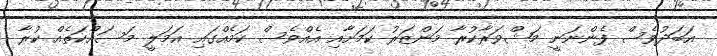
އަބަދުވެސް ފެންނަނީ މަޝްވަރާކުރާ މަންޒަރު ކަމަށާއި އެއްވެސް ކަމެއްގައި އަމަލީ މަސައްކަތެއް ކުރާ